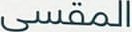
المقسی